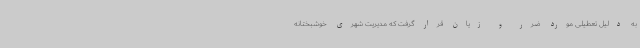
به دلیل تعطیلی مورد ضرر و زیان قرار گرفت که مدیریت شهری خوشبختانه